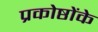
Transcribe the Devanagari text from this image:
प्रकोष्ठोंके